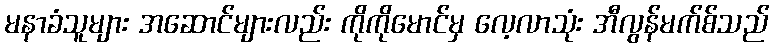
မနာခံသူများ အဆောင်များလည်း ကိုကိုမောင်မှ လေ့လာသုံး အီလွန်မက်စ်သည်